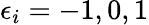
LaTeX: \epsilon_{i}=-1,0,1